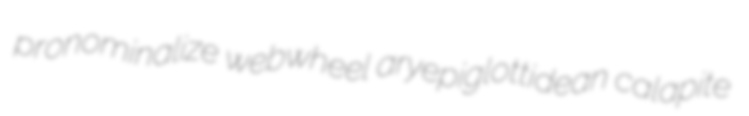
pronominalize webwheel aryepiglottidean calapite